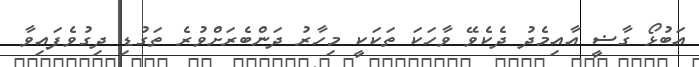
އަބުޅޯ ގާޟީ އާއިމެދު ދެކެވޭ ވާހަކަ ތަކަކީ މިހާރު ދަންބެރަށްވުރެ ތަގުޑި ދިގުވެފައިވާ